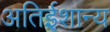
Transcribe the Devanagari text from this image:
अतिईशान्य